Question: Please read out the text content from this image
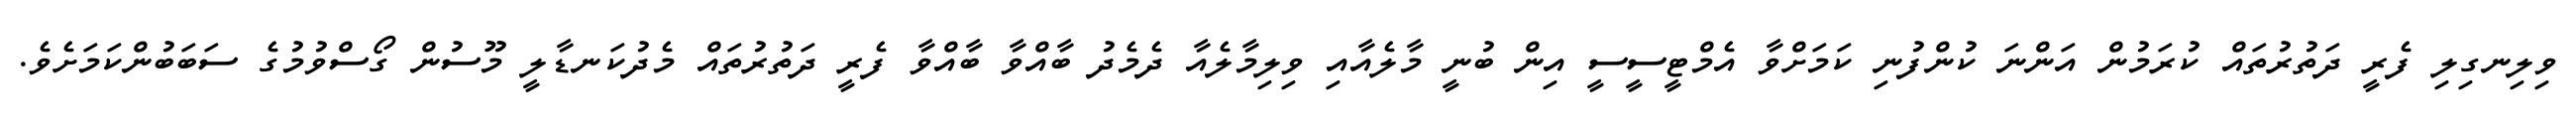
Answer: ވިލިނގިލި ފެރީ ދަތުރުތައް ކުރަމުން އަންނަ ކުންފުނި ކަމަށްވާ އެމްޓީސީސީ އިން ބުނީ މާލެއާއި ވިލިމާލެއާ ދެމެދު ބާއްވާ ބާއްވާ ފެރީ ދަތުރުތައް މެދުކަނޑާލީ މޫސުން ގޯސްވުމުގެ ސަބަބުންކަމަށެވެ.